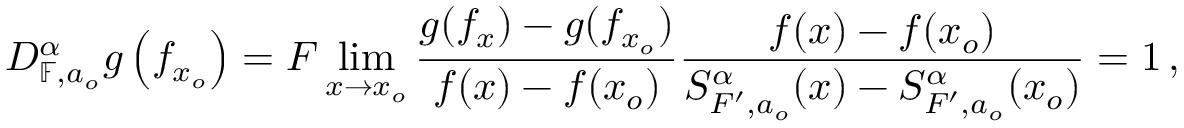
D _ { \mathbb { F } , a _ { o } } ^ { \alpha } g \left( f _ { x _ { o } } \right) = F \operatorname* { l i m } _ { x \rightarrow x _ { o } } \frac { g ( f _ { x } ) - g ( f _ { x _ { o } } ) } { f ( x ) - f ( x _ { o } ) } \frac { f ( x ) - f ( x _ { o } ) } { S _ { F ^ { \prime } , a _ { o } } ^ { \alpha } ( x ) - S _ { F ^ { \prime } , a _ { o } } ^ { \alpha } ( x _ { o } ) } = 1 \, ,